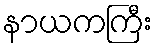
နာယကကြီး